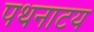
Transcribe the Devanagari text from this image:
पथनाटय